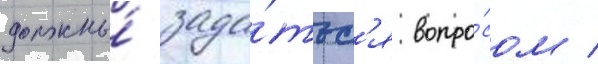
должны́ зада́тьс'я вопро́сом /